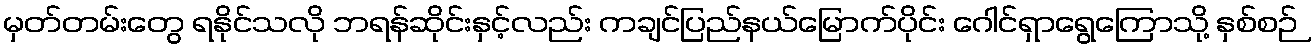
မှတ်တမ်းတွေ ရနိုင်သလို ဘရန်ဆိုင်းနှင့်လည်း ကချင်ပြည်နယ်မြောက်ပိုင်း ဂေါင်ရှာရွေကြောသို့ နှစ်စဉ်